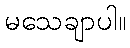
မသေချာပါ။